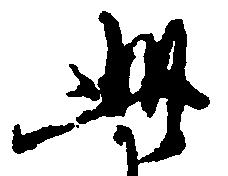
此